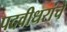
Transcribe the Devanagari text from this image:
पदवीधरांचे